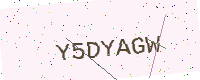
Text: Y5DYAGW